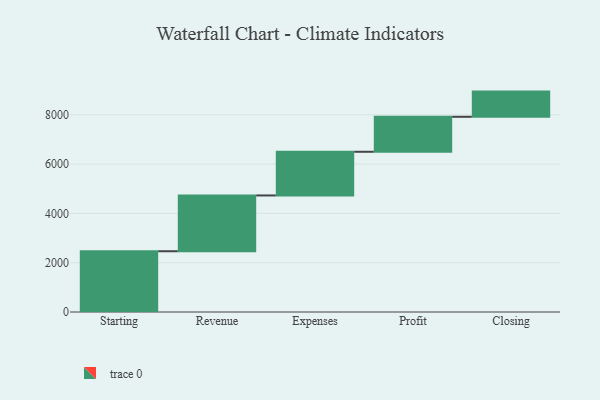
{"axis": {"x": "Step", "y": "Value"}, "legend": [""], "data": [{"x": "Starting", "y": 2465.0, "type": ""}, {"x": "Revenue", "y": 2263.0, "type": ""}, {"x": "Expenses", "y": 1772.0, "type": ""}, {"x": "Profit", "y": 1419.0, "type": ""}, {"x": "Closing", "y": 1022.0, "type": ""}]}